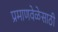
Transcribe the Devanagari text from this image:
प्रमाणवेळेसाठी